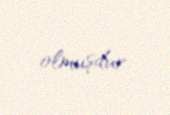
olmuşdur.